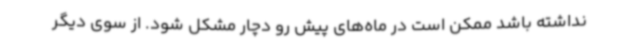
نداشته باشد ممکن است در ماه‌های پیش رو دچار مشکل شود. از سوی دیگر